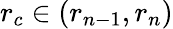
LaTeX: r_{c}\in\left(r_{n-1},r_{n}\right)